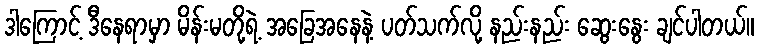
ဒါကြောင့် ဒီနေရာမှာ မိန်းမတို့ရဲ့ အခြေအနေနဲ့ ပတ်သက်လို့ နည်းနည်း ဆွေးနွေး ချင်ပါတယ်။